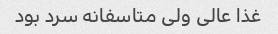
غذا عالی ولی متاسفانه سرد بود